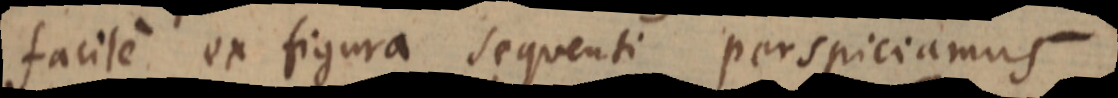
facile ex figura sequenti perspiciamus